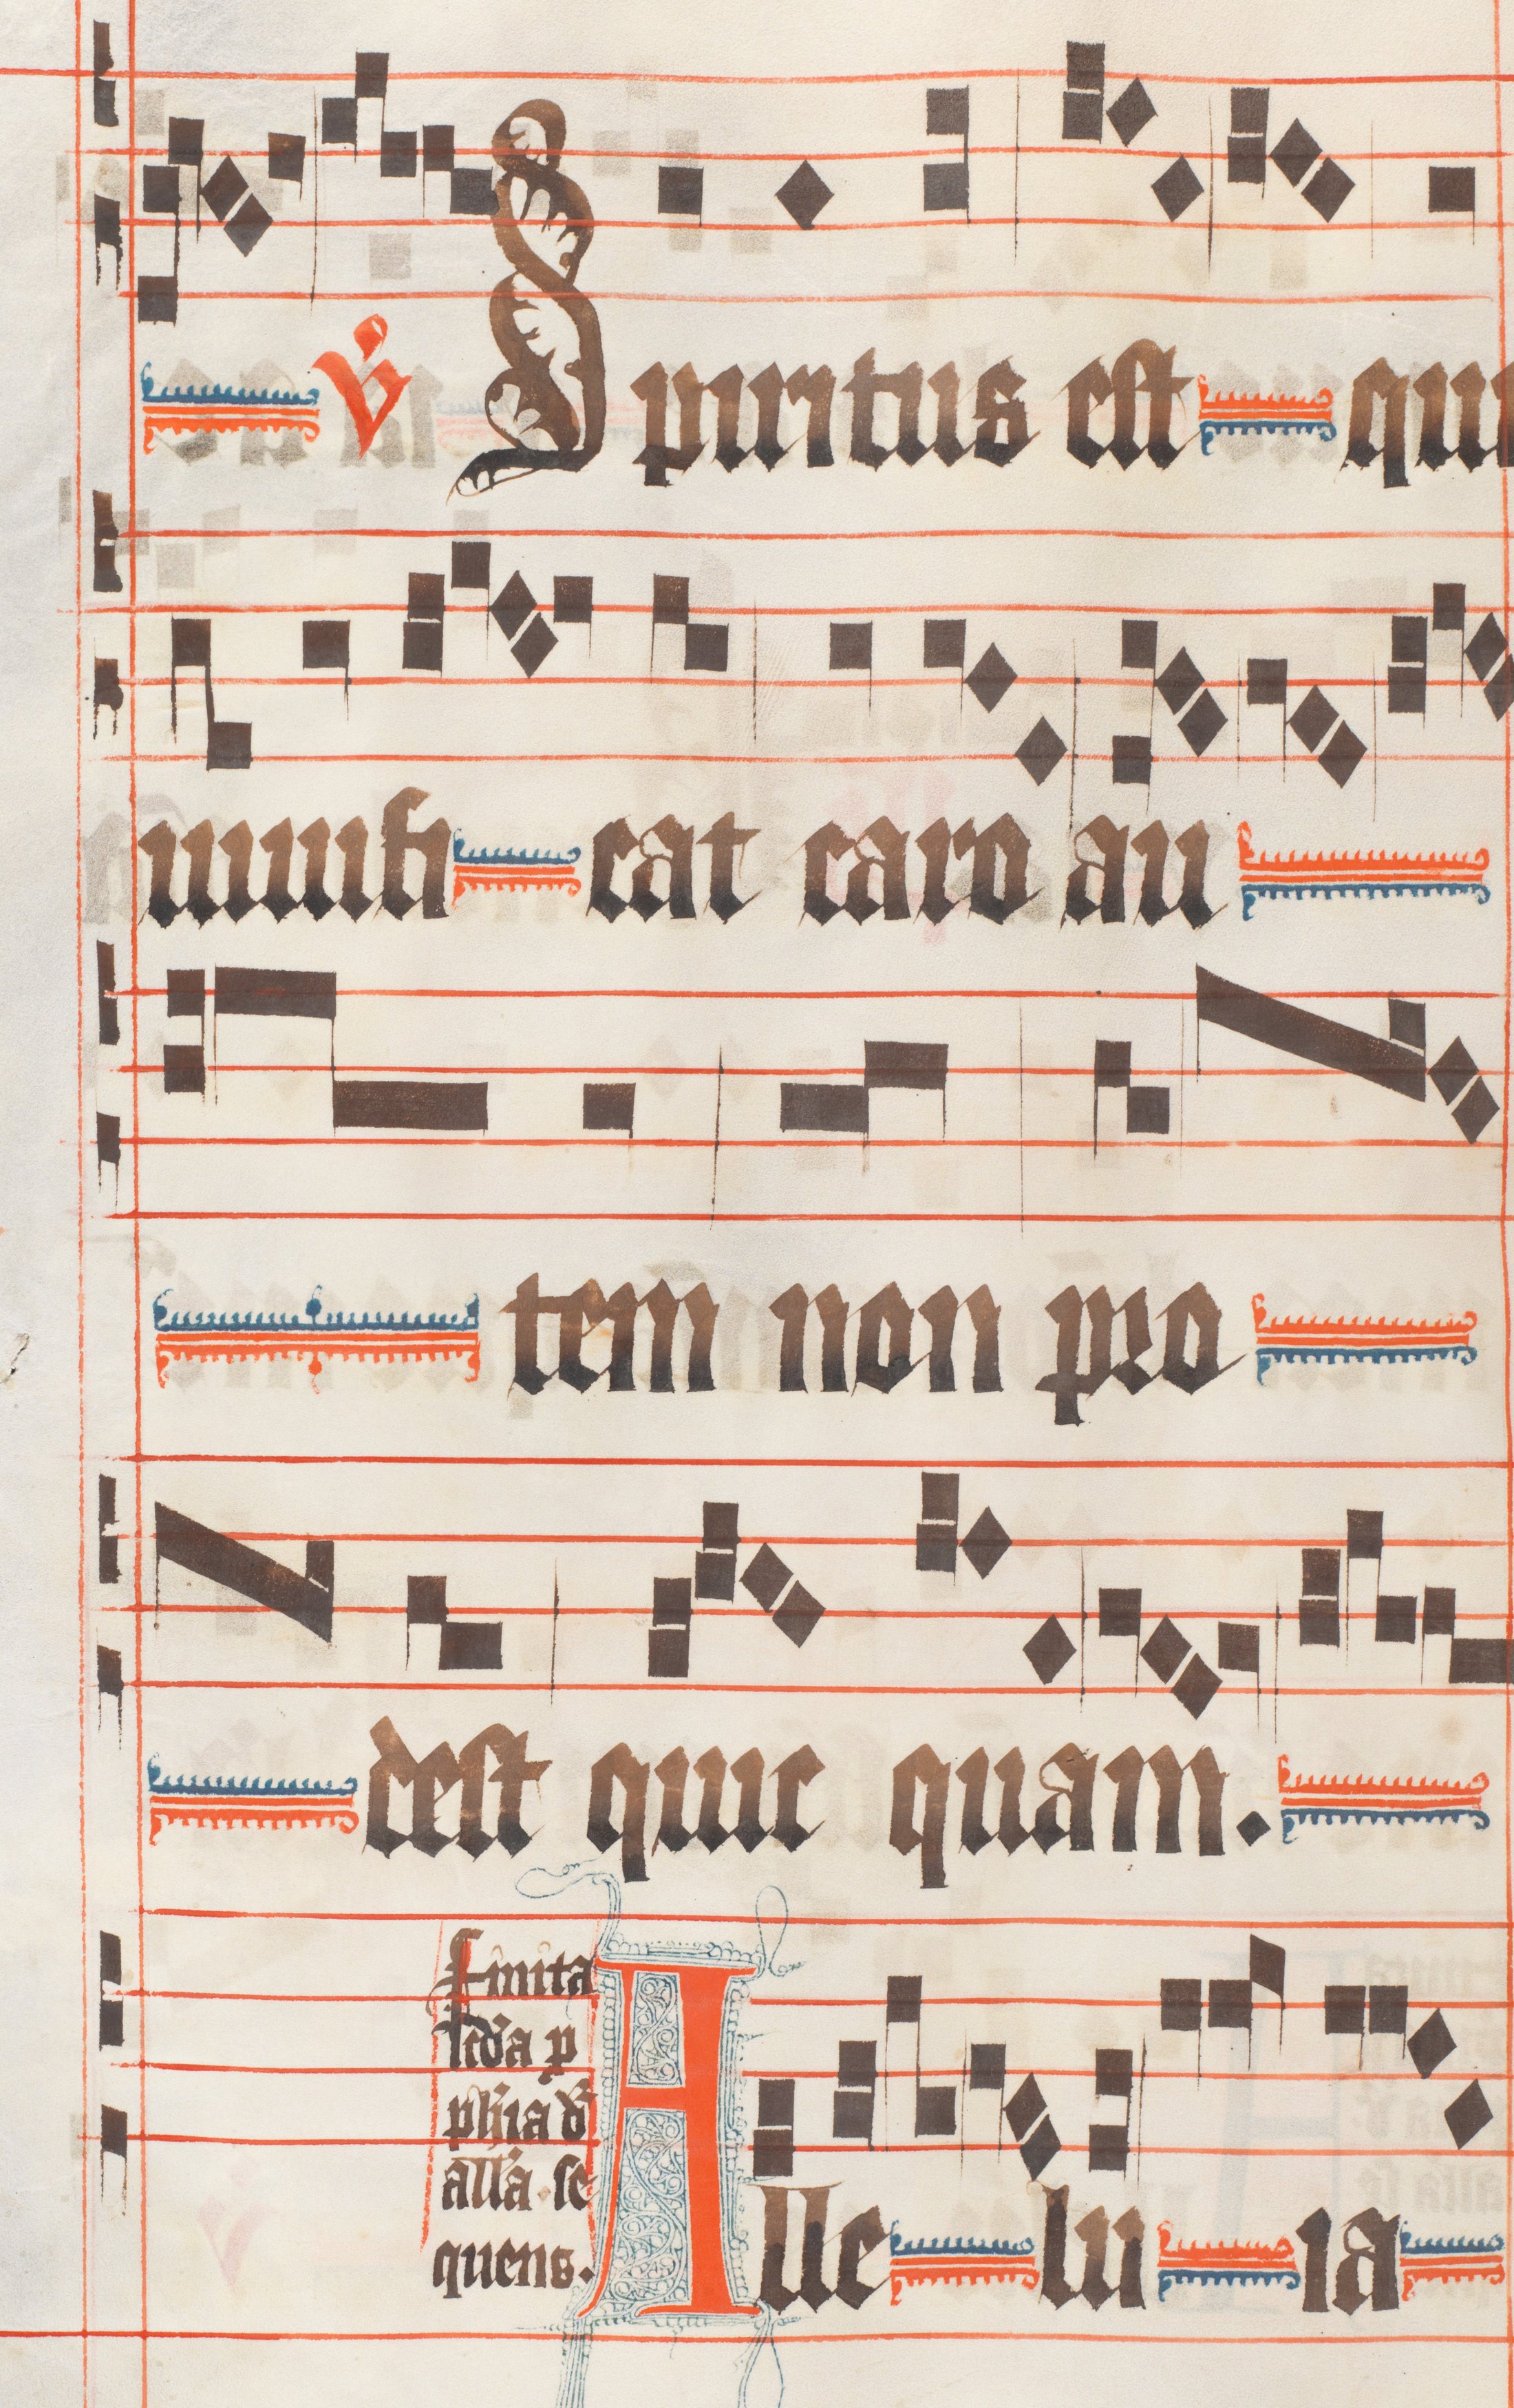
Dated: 1330–1335